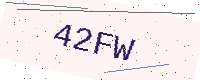
Text: 42FW